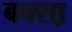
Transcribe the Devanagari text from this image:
बक्सा़